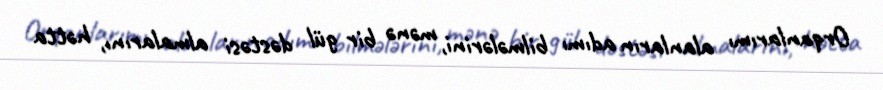
Orqanlarımı alanların adımı bilmələrini, mənə bir gül dəstəsi almalarını, hətta